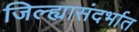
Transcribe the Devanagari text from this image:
जिल्ह्यासंदर्भात